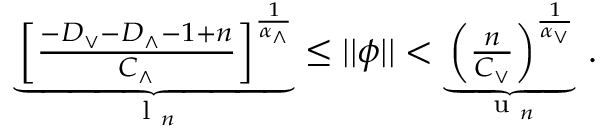
\begin{array} { r } { \underbrace { \left[ \frac { - D _ { \vee } - D _ { \wedge } - 1 + n } { C _ { \wedge } } \right] ^ { \frac { 1 } { \alpha _ { \wedge } } } } _ { \textrm { l } _ { n } } \leq \vert \vert \phi \vert \vert < \underbrace { \left( \frac { n } { C _ { \vee } } \right) ^ { \frac { 1 } { \alpha _ { \vee } } } } _ { \textrm { u } _ { n } } \, . } \end{array}